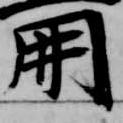
開